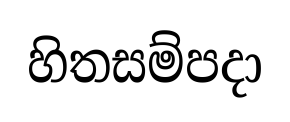
හිතසම්පදා